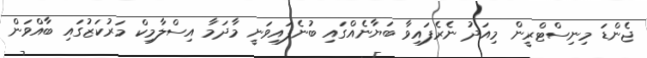
ޖެންޑަ މިނިސްޓްރީން މިއަދު ނެރެފައިވާ ބަޔާނެއްގައި ބުނެފައިވަނީ މާދަމާ އިސްލާމިކް މަރުކަޒުގައި ބާއްވަން